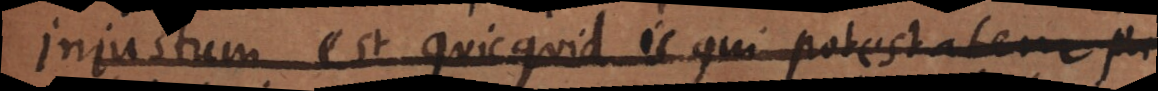
Injustum est quicquid is qui potestatem pr